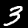
Digit: 3